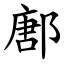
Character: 鄌